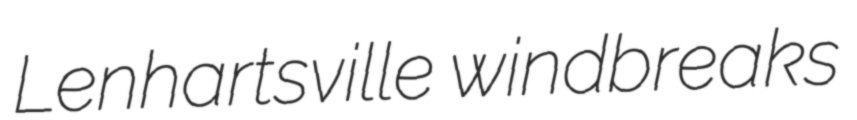
Lenhartsville windbreaks